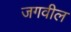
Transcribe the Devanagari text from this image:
जगवील